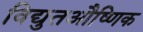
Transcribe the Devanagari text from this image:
विद्युतऔष्णिक